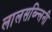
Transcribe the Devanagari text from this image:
लालसव्न्लिनी